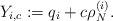
LaTeX: \begin{align*}Y_{i,c}:=q_i+c\rho_N^{(i)}.\end{align*}